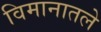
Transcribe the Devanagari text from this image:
विमानातले